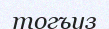
тогъуз